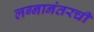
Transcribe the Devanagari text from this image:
लग्नानंतरची